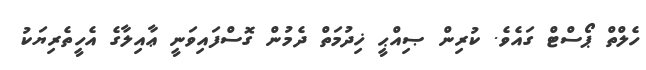
ހެލްތް ޕޯސްޓް ގައެވެ. ކުރިން ޞިއްޙީ ޚިދުމަތް ދެމުން ގޮސްފައިވަނީ ޢާއިލާގެ އެހީތެރިޔަކު